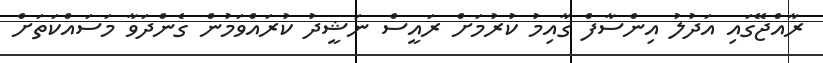
ރާއްޖޭގައި އަދުލު އިންސާފް ގާއިމު ކުރުމަށް ރައީސް ނަޝީދު ކުރައްވަމުން ގެންދަވާ މަސައްކަތަށް